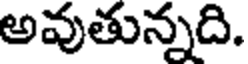
అవుతున్నది.